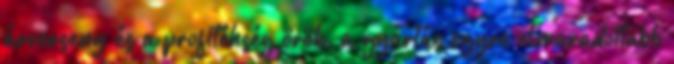
árverseny és a profitéhség örök, a gyártás egyre elmaradottabb